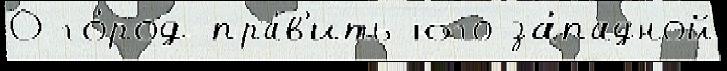
О го́род пра́в'ить юго-за́падной